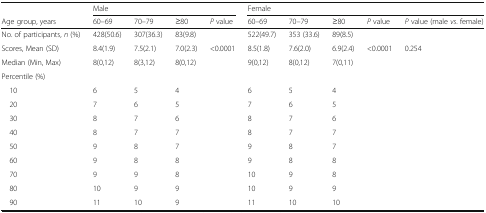
<table><thead><tr><td></td><td colspan="4"><b>Male</b></td><td colspan="5"><b>Female</b></td></tr><tr><td><b>Age group, years</b></td><td><b>60–69</b></td><td><b>70–79</b></td><td><b>≥80</b></td><td><b><i>P</i> value</b></td><td><b>60–69</b></td><td><b>70–79</b></td><td><b>≥80</b></td><td><b><i>P</i> value</b></td><td><b><i>P</i> value (male <i>vs</i>. female)</b></td></tr></thead><tbody><tr><td>No. of participants, <i>n</i> (%)</td><td>428(50.6)</td><td>307(36.3)</td><td>83(9.8)</td><td></td><td>522(49.7)</td><td>353 (33.6)</td><td>89(8.5)</td><td></td><td></td></tr><tr><td>Scores, Mean (SD)</td><td>8.4(1.9)</td><td>7.5(2.1)</td><td>7.0(2.3)</td><td>&lt;0.0001</td><td>8.5(1.8)</td><td>7.6(2.0)</td><td>6.9(2.4)</td><td>&lt;0.0001</td><td>0.254</td></tr><tr><td>Median (Min, Max)</td><td>8(0,12)</td><td>8(3,12)</td><td>8(0,12)</td><td></td><td>9(0,12)</td><td>8(0,12)</td><td>7(0,11)</td><td></td><td></td></tr><tr><td colspan="10">Percentile (%)</td></tr><tr><td> 10</td><td>6</td><td>5</td><td>4</td><td></td><td>6</td><td>5</td><td>4</td><td></td><td></td></tr><tr><td> 20</td><td>7</td><td>6</td><td>5</td><td></td><td>7</td><td>6</td><td>5</td><td></td><td></td></tr><tr><td> 30</td><td>8</td><td>7</td><td>6</td><td></td><td>8</td><td>7</td><td>6</td><td></td><td></td></tr><tr><td> 40</td><td>8</td><td>7</td><td>7</td><td></td><td>8</td><td>7</td><td>7</td><td></td><td></td></tr><tr><td> 50</td><td>9</td><td>8</td><td>7</td><td></td><td>9</td><td>8</td><td>7</td><td></td><td></td></tr><tr><td> 60</td><td>9</td><td>8</td><td>8</td><td></td><td>9</td><td>8</td><td>8</td><td></td><td></td></tr><tr><td> 70</td><td>9</td><td>9</td><td>8</td><td></td><td>10</td><td>9</td><td>8</td><td></td><td></td></tr><tr><td> 80</td><td>10</td><td>9</td><td>9</td><td></td><td>10</td><td>9</td><td>9</td><td></td><td></td></tr><tr><td> 90</td><td>11</td><td>10</td><td>9</td><td></td><td>11</td><td>10</td><td>10</td><td></td><td></td></tr></tbody></table>